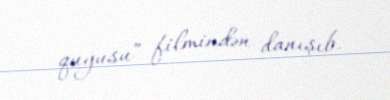
quyusu” filmindən danışıb.